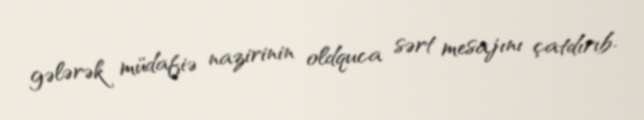
gələrək müdafiə nazirinin oldquca sərt mesajını çatdırıb.